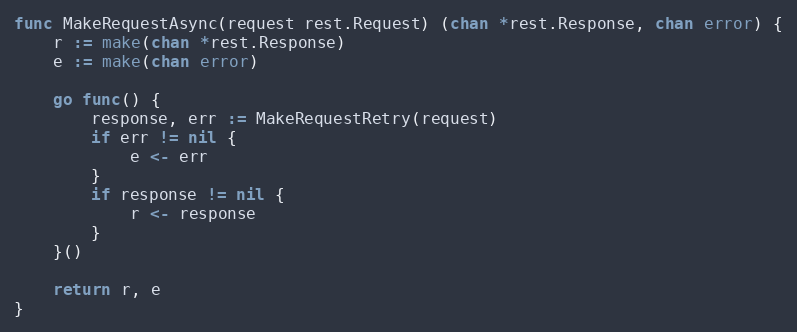
Language: Go
func MakeRequestAsync(request rest.Request) (chan *rest.Response, chan error) {
	r := make(chan *rest.Response)
	e := make(chan error)

	go func() {
		response, err := MakeRequestRetry(request)
		if err != nil {
			e <- err
		}
		if response != nil {
			r <- response
		}
	}()

	return r, e
}